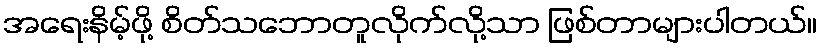
အရေးနိမ့်ဖို့ စိတ်သဘောတူလိုက်လို့သာ ဖြစ်တာများပါတယ်။